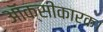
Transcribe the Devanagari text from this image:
ऑक्सीकारक।